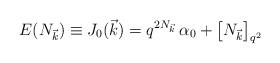
LaTeX: \begin{align*}E(N_{\vec{k}}) \equiv J_0(\vec{k}) = q^{2 N_{\vec{k}}} \, \alpha_0 + \left[ N_{\vec{k}} \right]_{q^2} \end{align*}